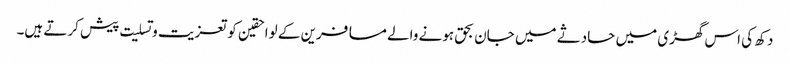
دکھ کی اس گھڑی میں حادثے میں جان بحق ہونے والے مسافرین کے لواحقین کو تعزیت و تسلیت پیش کرتے ہیں۔